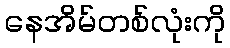
နေအိမ်တစ်လုံးကို